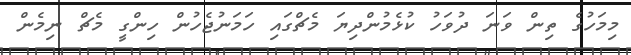
މިމަހުގެ ތިން ވަނަ ދުވަހު ކުޅެމުންދިޔަ މެޗްގައި ހަމަނުޖެހުން ހިންގީ މެޗް ނިމެން